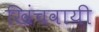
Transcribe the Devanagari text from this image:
खिंचवायी